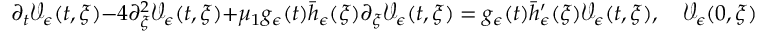
\partial _ { t } \mathcal { V } _ { \epsilon } ( t , \xi ) - 4 \partial _ { \xi } ^ { 2 } \mathcal { V } _ { \epsilon } ( t , \xi ) + \mu _ { 1 } g _ { \epsilon } ( t ) \bar { h } _ { \epsilon } ( \xi ) \partial _ { \xi } \mathcal { V } _ { \epsilon } ( t , \xi ) = g _ { \epsilon } ( t ) \bar { h } _ { \epsilon } ^ { \prime } ( \xi ) \mathcal { V } _ { \epsilon } ( t , \xi ) , \quad \mathcal { V } _ { \epsilon } ( 0 , \xi ) = \exp \left( \frac { - \xi ^ { 2 } } { \epsilon } \right) ,